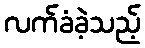
လက်ခံခဲ့သည့်